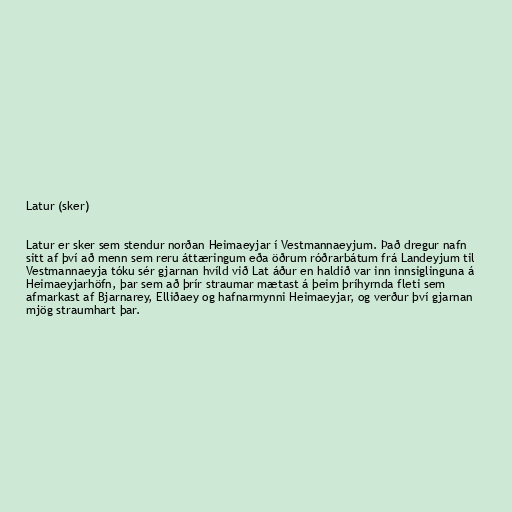
Latur (sker)

Latur er sker sem stendur norðan Heimaeyjar í Vestmannaeyjum. Það dregur nafn
sitt af því að menn sem reru áttæringum eða öðrum róðrarbátum frá Landeyjum til
Vestmannaeyja tóku sér gjarnan hvíld við Lat áður en haldið var inn innsiglinguna á
Heimaeyjarhöfn, þar sem að þrír straumar mætast á þeim þríhyrnda fleti sem
afmarkast af Bjarnarey, Elliðaey og hafnarmynni Heimaeyjar, og verður því gjarnan
mjög straumhart þar.